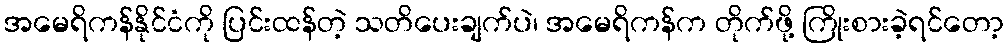
အမေရိကန်နိုင်ငံကို ပြင်းထန်တဲ့ သတိပေးချက်ပဲ၊ အမေရိကန်က တိုက်ဖို့ ကြိုးစားခဲ့ရင်တော့